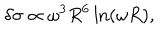
\delta \sigma \propto \omega ^ { 3 } R ^ { 6 } \ln ( \omega R ) ,